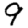
Digit: 9